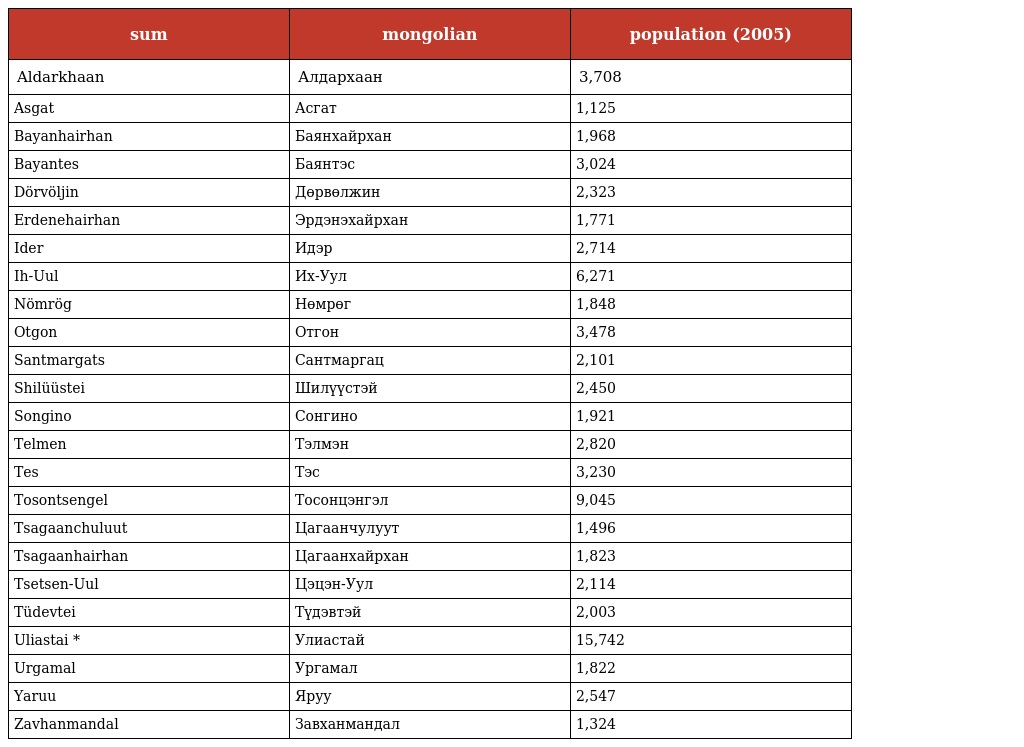
| sum | mongolian | population (2005) |
 | --- | --- | --- |
 | Aldarkhaan | Алдархаан | 3,708 |
 | Asgat | Асгат | 1,125 |
 | Bayanhairhan | Баянхайрхан | 1,968 |
 | Bayantes | Баянтэс | 3,024 |
 | Dörvöljin | Дөрвөлжин | 2,323 |
 | Erdenehairhan | Эрдэнэхайрхан | 1,771 |
 | Ider | Идэр | 2,714 |
 | Ih-Uul | Их-Уул | 6,271 |
 | Nömrög | Нөмрөг | 1,848 |
 | Otgon | Отгон | 3,478 |
 | Santmargats | Сантмаргац | 2,101 |
 | Shilüüstei | Шилүүстэй | 2,450 |
 | Songino | Сонгино | 1,921 |
 | Telmen | Тэлмэн | 2,820 |
 | Tes | Тэс | 3,230 |
 | Tosontsengel | Тосонцэнгэл | 9,045 |
 | Tsagaanchuluut | Цагаанчулуут | 1,496 |
 | Tsagaanhairhan | Цагаанхайрхан | 1,823 |
 | Tsetsen-Uul | Цэцэн-Уул | 2,114 |
 | Tüdevtei | Түдэвтэй | 2,003 |
 | Uliastai * | Улиастай | 15,742 |
 | Urgamal | Ургамал | 1,822 |
 | Yaruu | Яруу | 2,547 |
 | Zavhanmandal | Завханмандал | 1,324 |